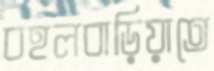
বহলবাড়িয়াতে